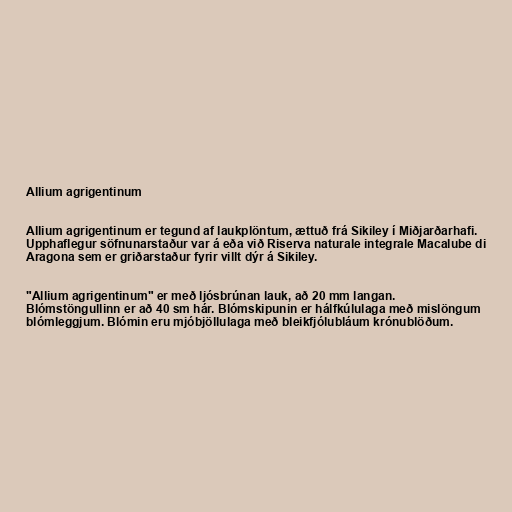
Allium agrigentinum

Allium agrigentinum er tegund af laukplöntum, ættuð frá Sikiley í Miðjarðarhafi.
Upphaflegur söfnunarstaður var á eða við Riserva naturale integrale Macalube di
Aragona sem er griðarstaður fyrir villt dýr á Sikiley.

"Allium agrigentinum" er með ljósbrúnan lauk, að 20 mm langan.
Blómstöngullinn er að 40 sm hár. Blómskipunin er hálfkúlulaga með mislöngum
blómleggjum. Blómin eru mjóbjöllulaga með bleikfjólubláum krónublöðum.